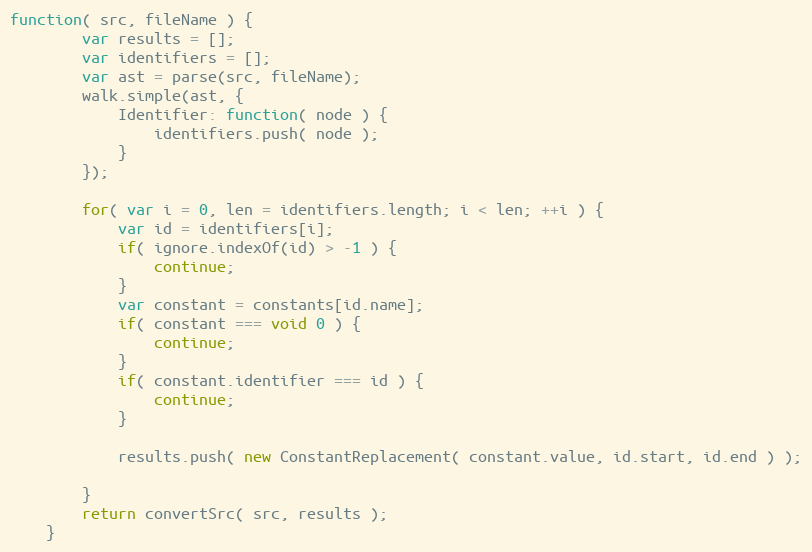
Language: JavaScript
function( src, fileName ) {
        var results = [];
        var identifiers = [];
        var ast = parse(src, fileName);
        walk.simple(ast, {
            Identifier: function( node ) {
                identifiers.push( node );
            }
        });

        for( var i = 0, len = identifiers.length; i < len; ++i ) {
            var id = identifiers[i];
            if( ignore.indexOf(id) > -1 ) {
                continue;
            }
            var constant = constants[id.name];
            if( constant === void 0 ) {
                continue;
            }
            if( constant.identifier === id ) {
                continue;
            }

            results.push( new ConstantReplacement( constant.value, id.start, id.end ) );

        }
        return convertSrc( src, results );
    }